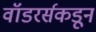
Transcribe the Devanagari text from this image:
वॉडरर्सकडून